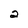
Character: 2